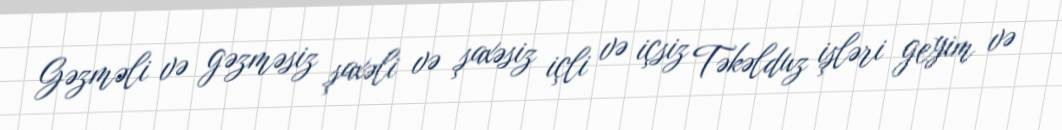
Gəzməli və gəzməsiz şaxəli və şaxəsiz içli və içsiz Təkəlduz işləri geyim və